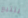
يتتبع